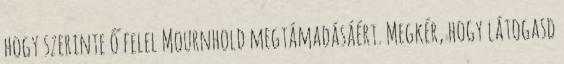
hogy szerinte ő felel Mournhold megtámadásáért. Megkér, hogy látogasd